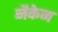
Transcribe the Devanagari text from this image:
नैकेन